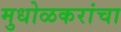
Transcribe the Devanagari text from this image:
मुधोळकरांचा